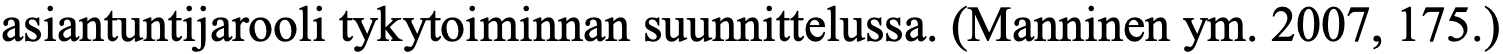
asiantuntijarooli tykytoiminnan suunnittelussa. (Manninen ym. 2007, 175.)